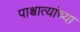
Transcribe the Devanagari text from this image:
पाश्चात्यांच्या